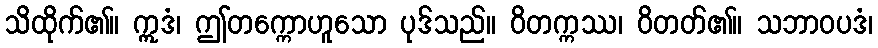
သိထိုက်၏။ ဣဒံ၊ ဤတက္ကောဟူသော ပုဒ်သည်။ ဝိတက္ကဿ၊ ဝိတတ်၏။ သဘာဝပဒံ၊